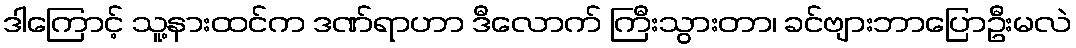
ဒါကြောင့် သူ့နားထင်က ဒဏ်ရာဟာ ဒီလောက် ကြီးသွားတာ၊ ခင်ဗျားဘာပြောဦးမလဲ